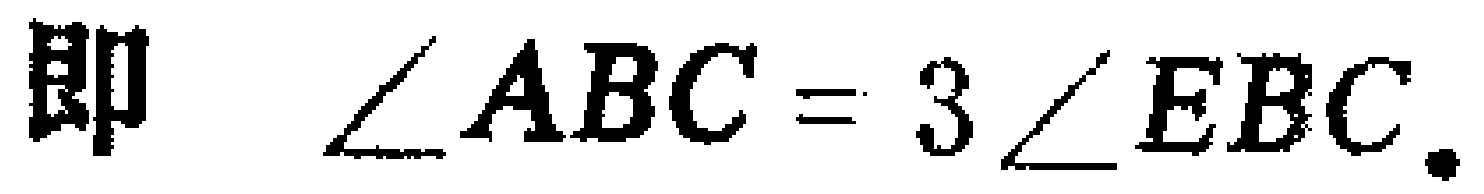
即 $\angle ABC = 3\angle EBC$.